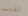
تفتحه